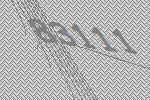
83111